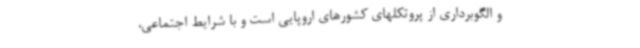
و الگوبرداری از پروتکلهای کشورهای اروپایی است و با شرایط اجتماعی،